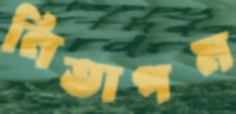
নিতাপম